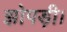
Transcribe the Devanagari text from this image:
झोपड़ी।